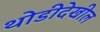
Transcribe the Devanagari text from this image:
थोडीदेखील